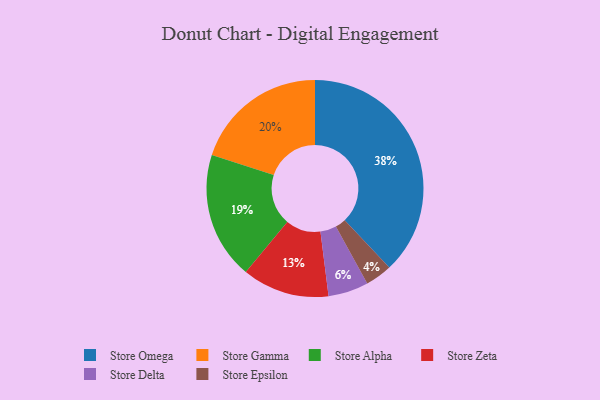
{"axis": {"x": "Category", "y": "Percentage"}, "legend": ["Store Alpha", "Store Delta", "Store Epsilon", "Store Gamma", "Store Omega", "Store Zeta"], "data": [{"x": "Store Zeta", "y": 13, "type": "Store Zeta"}, {"x": "Store Epsilon", "y": 4, "type": "Store Epsilon"}, {"x": "Store Alpha", "y": 19, "type": "Store Alpha"}, {"x": "Store Gamma", "y": 20, "type": "Store Gamma"}, {"x": "Store Omega", "y": 38, "type": "Store Omega"}, {"x": "Store Delta", "y": 6, "type": "Store Delta"}]}